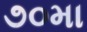
૭૦મા